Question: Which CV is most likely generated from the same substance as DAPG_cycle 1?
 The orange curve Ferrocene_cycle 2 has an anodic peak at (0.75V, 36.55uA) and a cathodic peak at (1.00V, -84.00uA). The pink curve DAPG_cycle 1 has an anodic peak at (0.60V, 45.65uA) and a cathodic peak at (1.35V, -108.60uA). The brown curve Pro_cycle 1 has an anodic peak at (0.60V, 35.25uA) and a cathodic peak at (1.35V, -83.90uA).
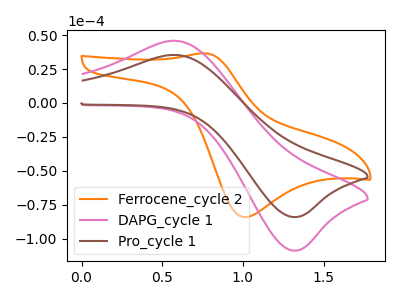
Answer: <think>"Ferrocene_cycle 2" and "DAPG_cycle 1" have at least one peak that do not match. "Ferrocene_cycle 2" and "Pro_cycle 1" have at least one peak that do not match. All the peaks in "DAPG_cycle 1" have a peak in "Pro_cycle 1" at the same potential. Every peak in "DAPG_cycle 1" is higher than every peak in "Pro_cycle 1".
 </think>
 <answer>The CV with the most similar shape to "Pro_cycle 1" is "DAPG_cycle 1".</answer>
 <eval>"DAPG_cycle 1"</eval>